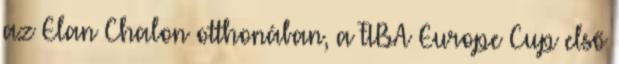
az Elan Chalon otthonában, a FIBA Europe Cup első